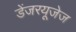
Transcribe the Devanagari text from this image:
डेंजरयूजेज